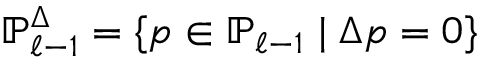
{ \mathbb P } _ { \ell - 1 } ^ { \Delta } = \{ p \in { \mathbb P } _ { \ell - 1 } \; | \; \Delta p = 0 \}